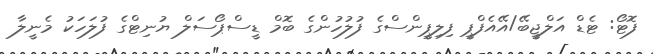
ފޮޓޯ: ޓެޑް އަލްޖީބޭ/އޭއެފްޕީ ފިލިޕީންސްގެ ފުލުހުންގެ ބޮމް ޑީސްޕޯސަލް ޔުނިޓްގެ ފުލަހަކު މެނީލާ